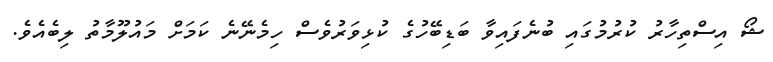
ޝޯ އިސްތިހާރު ކުރުމުގައި ބުނެފައިވާ ބަޑިބޭހުގެ ކުޅިވަރުވެސް ހިމެނޭނެ ކަމަށް މައުލޫމާތު ލިބެއެވެ.